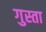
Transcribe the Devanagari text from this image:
गुस्ता